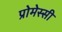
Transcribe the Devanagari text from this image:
प्रोमेस्सी